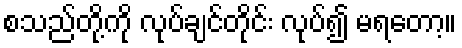
စသည်တို့ကို လုပ်ချင်တိုင်း လုပ်၍ မရတော့။